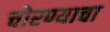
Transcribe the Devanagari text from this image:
चोरण्याचा